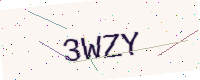
Text: 3WZY